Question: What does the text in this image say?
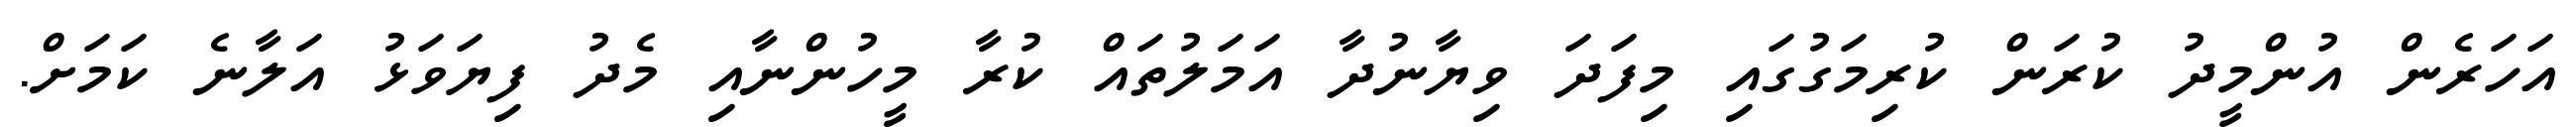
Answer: އަހަރެން އުންމީދު ކުރަން ކުރިމަގުގައި މިފަދަ ވިޔާނުދާ އަމަލުތައް ކުރާ މީހުންނާއި މެދު ފިޔަވަޅު އަލާނެ ކަމަށް.